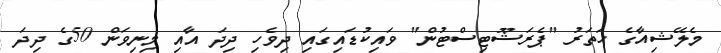
މެލޭޝިއާގެ ހަތަރު "ޕެރަޝޫޓިސްޓުން" ވައިކުޑައިގައި ދިވެހި ދިދަ އާއި މިނިވަން 50ގެ ދިދަ